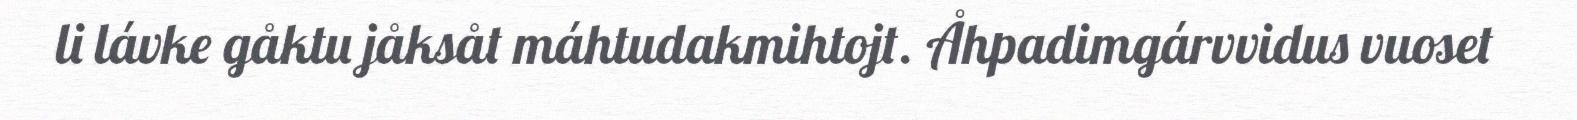
li lávke gåktu jåksåt máhtudakmihtojt. Åhpadimgárvvidus vuoset